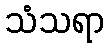
သံသရာ